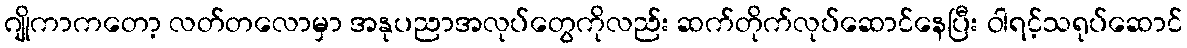
ဂျိုကာကတော့ လတ်တလောမှာ အနုပညာအလုပ်တွေကိုလည်း ဆက်တိုက်လုပ်ဆောင်နေပြီး ဝါရင့်သရုပ်ဆောင်